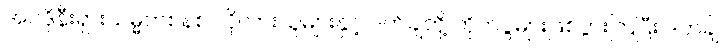
အင်ဒိုနီးရှားသမ္မတစနစ် လိုလားသူများနှင့် ဒတ်ချ်တို့ တိုက်ပွဲများဖြစ်ပွားကြပြီး ဒတ်ချ်